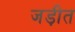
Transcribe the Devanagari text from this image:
जड़ीत